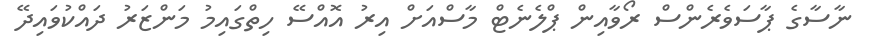
ނާސާގެ ޕާސަވެރެންސް ރޯވާއިން ޕްލެނެޓް މާސްއަށް އިރު އޮއްސޭ ހިތްގައިމު މަންޒަރު ދައްކުވައިދޭ